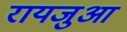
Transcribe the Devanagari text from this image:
रायजुआ